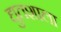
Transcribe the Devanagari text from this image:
द्युतशाला